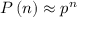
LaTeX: P \left( n \right) \approx { p ^ { n } }